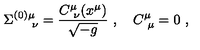
\Sigma _ { \quad \ \nu } ^ { ( 0 ) \mu } = { \frac { C _ { \ \nu } ^ { \mu } ( x ^ { \mu } ) } { \sqrt { - g } } } \ , \quad C _ { \ \mu } ^ { \mu } = 0 \ ,